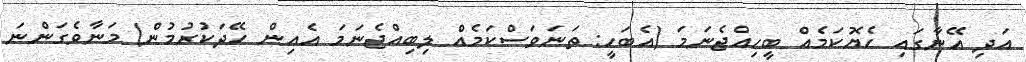
އަދި އޭނާގައި ހެޔޮކަމެއް ބީހިއްޖެނަމަ (އެބަހީ: ތަނަވަސްކަމެއް ލިބިއްޖެނަމަ އެއިން ހޭދަކުރުމުން) މަނާވެގަންނަ